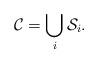
LaTeX: \begin{align*} \mathcal C =\bigcup_{i}\mathcal S_i.\end{align*}